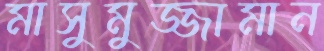
মাসুমুজ্জামান